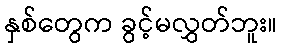
နှစ်တွေက ခွင့်မလွှတ်ဘူး။